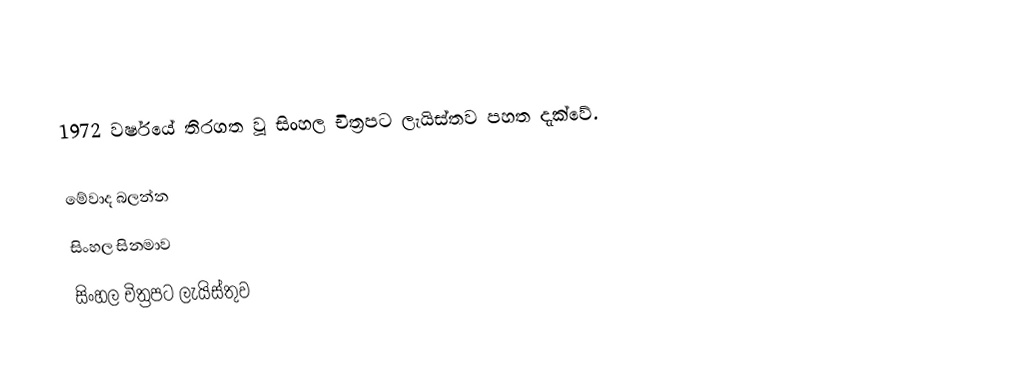
1972 වර්ෂයේ තිරගත වූ සිංහල චිත්‍රපට ලැයිස්තව පහත දැක්වේ.

මේවාද බලන්න
 සිංහල සිනමාව
 සිංහල චිත්‍රපට ලැයිස්තුව